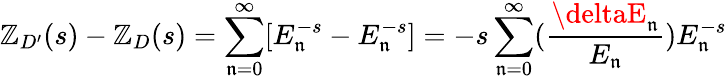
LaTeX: \mathbb{Z}_{D^{\prime}}(s)-\mathbb{Z}_{D}(s)=\sum_{\mathfrak{n}=0}^{\infty}[E_{\mathfrak{n}}^{-s}-E_{\mathfrak{n}}^{-s}]=-s\sum_{\mathfrak{n}=0}^{\infty}({\frac{{\deltaE_{\mathfrak{n}}}}{{E_{\mathfrak{n}}}}})E_{\mathfrak{n}}^{-s}